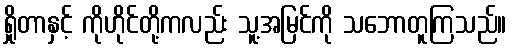
ရှိုတာနှင့် ကိုဟိုင်တို့ကလည်း သူ့အမြင်ကို သဘောတူကြသည်။